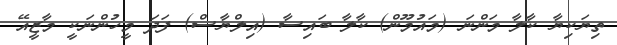
ތިޔަކިޔާ ކާލާ މަންނަ (މައުމޫން) ކާލާ ބައިސާ (އިލްޔާސް) ފަދަ މީހުންނަކީ މާޒީއޭ